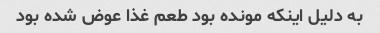
به دلیل اینکه مونده بود طعم غذا عوض شده بود